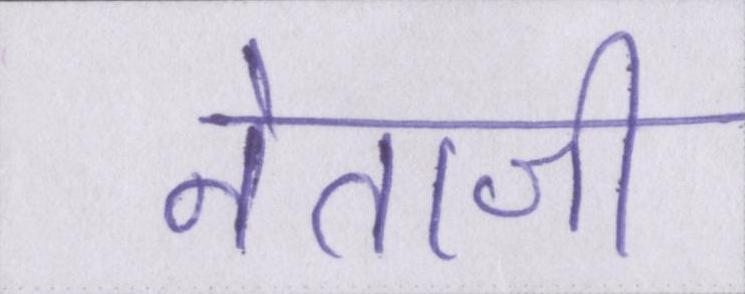
नेताजी